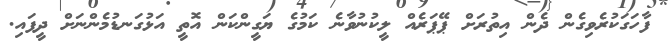
ފާހަގަކުރެވިގެން ދެން އިތުރަށް ޕޭޕަރެއް ލީކުނުވާނެ ކަމުގެ ޔަގީންކަން އޮތީ އަޅުގަނޑުމެންނަށް ދީފައި.